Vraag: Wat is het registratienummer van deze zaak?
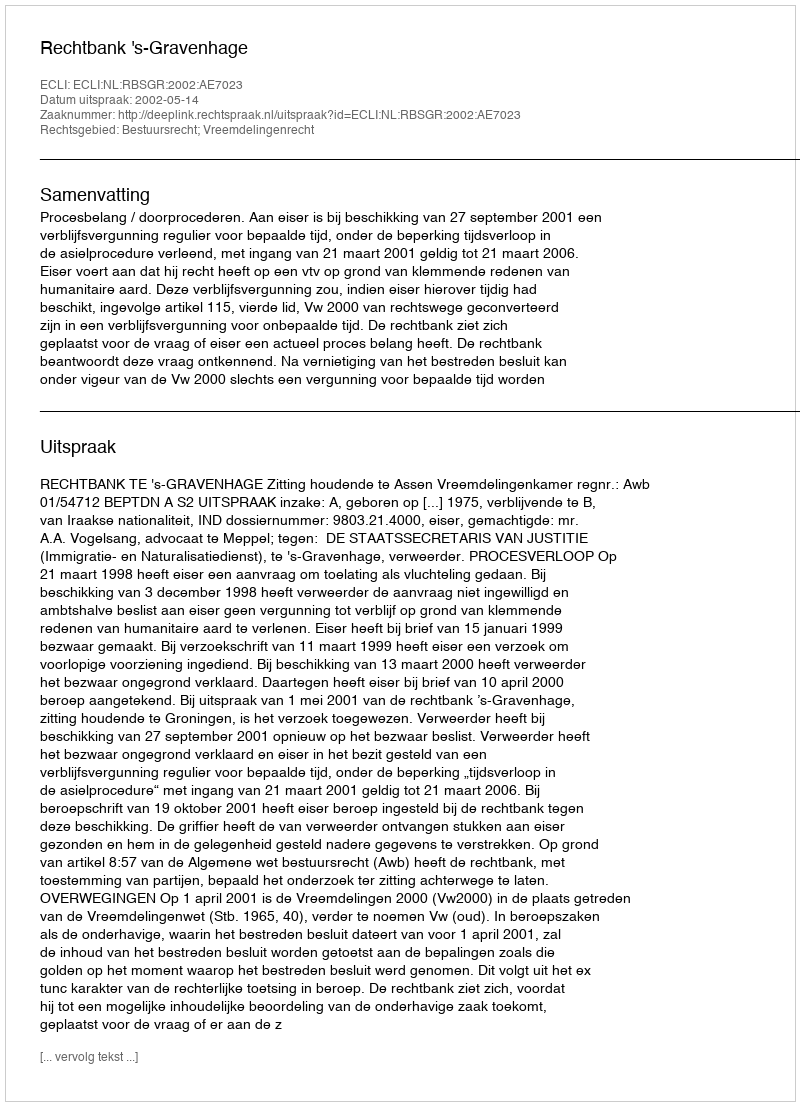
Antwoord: http://deeplink.rechtspraak.nl/uitspraak?id=ECLI:NL:RBSGR:2002:AE7023